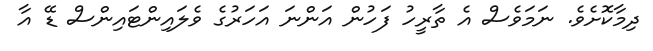
ދިމާކޮށެވެ. ނަމަވެސް އެ ތާރީހު ފަހުން އަންނަ އަހަރުގެ ވެލައިންޓައިންސް ޑޭ އާ